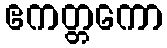
ဧကတ္တကော